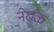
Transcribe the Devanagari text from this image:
नेरुळ